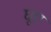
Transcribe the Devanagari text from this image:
घूए